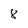
Character: 8